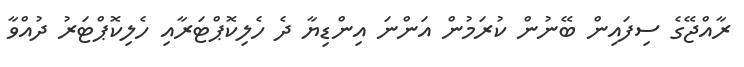
ރާއްޖޭގެ ސިފައިން ބޭނުން ކުރަމުން އަންނަ އިންޑިޔާ ދެ ހެލިކޮޕްޓަރާއި ހެލިކޮޕްޓަރު ދުއްވާ